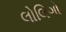
લોલિગો